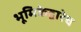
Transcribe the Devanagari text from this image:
भूमिकेद्वारेच